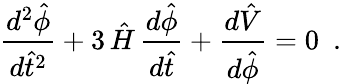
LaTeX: \frac{d^{2}{\hat{\phi}}}{d{\hat{t}}^{2}}+3\, {\hat{H}}\, \frac{d{\hat{\phi}}}{d{\hat{t}}}+\frac{d{\hat{V}}}{d{\hat{\phi}}}=0~~.